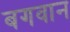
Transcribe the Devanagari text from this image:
बगवान